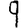
Digit: 9